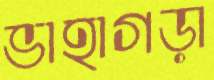
ভাহাগড়া